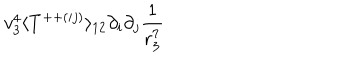
LaTeX: v _ { 3 } ^ { 4 } \langle T ^ { + + ( i j ) } \rangle _ { 1 2 } \partial _ { i } \partial _ { j } \frac { 1 } { r _ { 3 } ^ { 7 } }